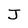
Character: J